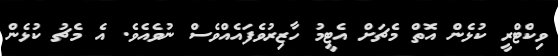
ވިކްޓްރީ ކުޅެން އޮތް މެޗަށް އެޓީމު ހާޒިރުވެފައެއްވެސް ނުވެއެވެ. އެ މެޗު ކުޅެން